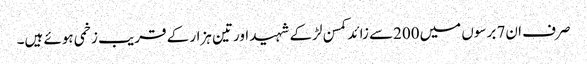
صرف ان7 برسوں میں200سے زائد کمسن لڑکے شہید اورتین ہزار کے قریب زخمی ہوئے ہیں۔